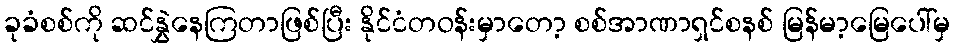
ခုခံစစ်ကို ဆင်နွှဲနေကြတာဖြစ်ပြီး နိုင်ငံတဝန်းမှာတော့ စစ်အာဏာရှင်စနစ် မြန်မာ့မြေပေါ်မှ